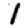
Digit: 1